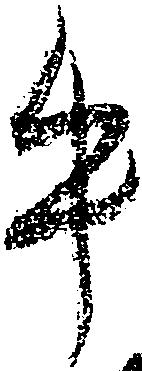
牛